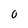
Character: 0